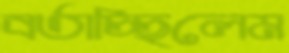
বর্তাচ্ছিলেম